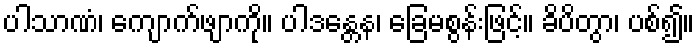
ပါသာဏံ၊ ကျောက်ဖျာကို။ ပါဒန္တေန၊ ခြေမစွန်းဖြင့်။ ခိပိတွာ၊ ပစ်၍။